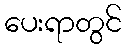
ပေးရာတွင်